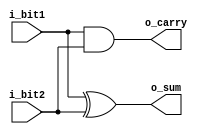
module half_adder 
  (
   i_bit1,
   i_bit2,
   o_sum,
   o_carry
   );
 
  input  i_bit1;
  input  i_bit2;
  output o_sum;
  output o_carry;
 
  assign o_sum   = i_bit1 ^ i_bit2;  // bitwise xor
  assign o_carry = i_bit1 & i_bit2;  // bitwise and
 
endmodule